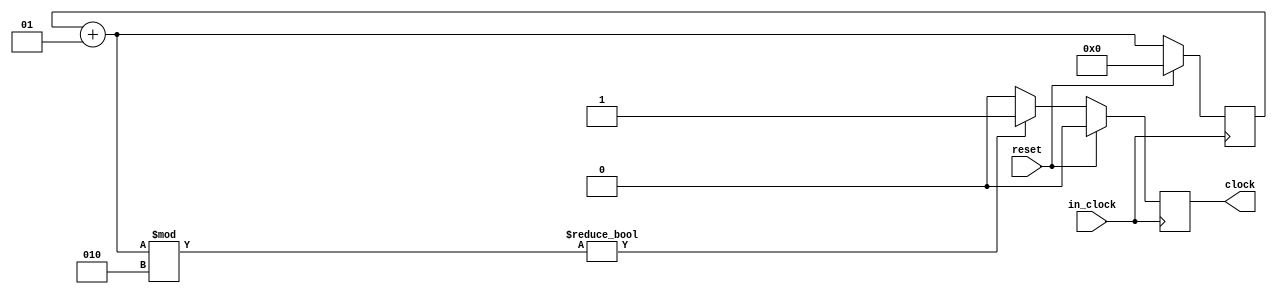
module extend_clock(clock, reset, in_clock);
	 output reg clock;
	input in_clock, reset;
	
	integer counter =0;
	
	always @(posedge in_clock)
	begin
		counter = counter +1;
		if(reset == 0)
			begin
				if(counter % 2 != 0)
					begin
						clock <=1'b1;
					end
				else
					begin
						clock <= 1'b0;
					end
			end
		else
		begin
			counter = 0;
			clock <= 1'b0; 
		end
	end
endmodule 

//citation :
//http://referencedesigner.com/tutorials/verilogexamples/verilog_ex_02.php